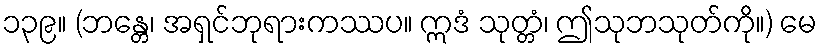
၁၃၉။ (ဘန္တေ၊ အရှင်ဘုရားကဿပ။ ဣဒံ သုတ္တံ၊ ဤသုဘသုတ်ကို။) မေ